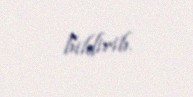
bildirib.